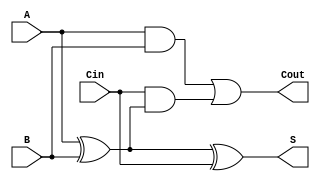
`timescale 1ns / 1ps
//////////////////////////////////////////////////////////////////////////////////
// Company: 
// Engineer: 
// 
// Design Name: 
// Module Name: one_bit_adder
// Project Name: 
// Target Devices: 
// Tool Versions: 
// Description: 
// 
// Dependencies: 
// 
// Revision:
// Revision 0.01 - File Created
// Additional Comments:
// 
//////////////////////////////////////////////////////////////////////////////////


module one_bit_adder(input A, B, Cin, output Cout, S);

    assign S = A ^ B ^ Cin;
    assign Cout = (A&B) | (Cin & (A^B));
    
endmodule